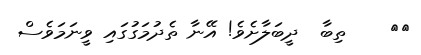
١٢    ތިބާ  ދީބަލާށެވެ! އޭނާ ތެދުމަގުގައި ވީނަމަވެސް